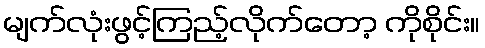
မျက်လုံးဖွင့်ကြည့်လိုက်တော့ ကိုစိုင်း။